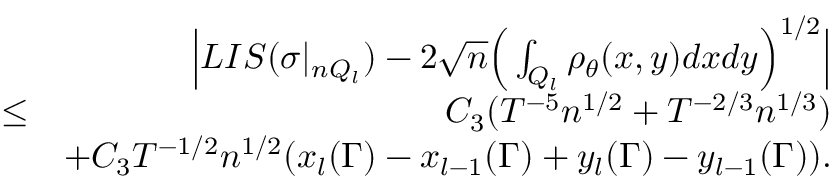
\begin{array} { r l r } & { } & { \Big | L I S ( \sigma | _ { n Q _ { l } } ) - 2 \sqrt { n } \Big ( \int _ { Q _ { l } } \rho _ { \theta } ( x , y ) d x d y \Big ) ^ { 1 \slash 2 } \Big | } \\ & { \leq } & { C _ { 3 } ( T ^ { - 5 } n ^ { 1 \slash 2 } + T ^ { - 2 \slash 3 } n ^ { 1 \slash 3 } ) } \\ & { } & { + C _ { 3 } T ^ { - 1 \slash 2 } n ^ { 1 \slash 2 } ( x _ { l } ( \Gamma ) - x _ { l - 1 } ( \Gamma ) + y _ { l } ( \Gamma ) - y _ { l - 1 } ( \Gamma ) ) . } \end{array}